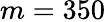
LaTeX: m=350